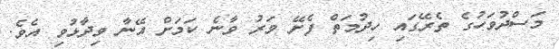
މަސްދުވަހުގެ ތެރޭގައި ހިދުމަތް ފެށޭ ވަރު ވާނެ ކަމަށް އޭނާ ވިދާޅުވި އެވެ.